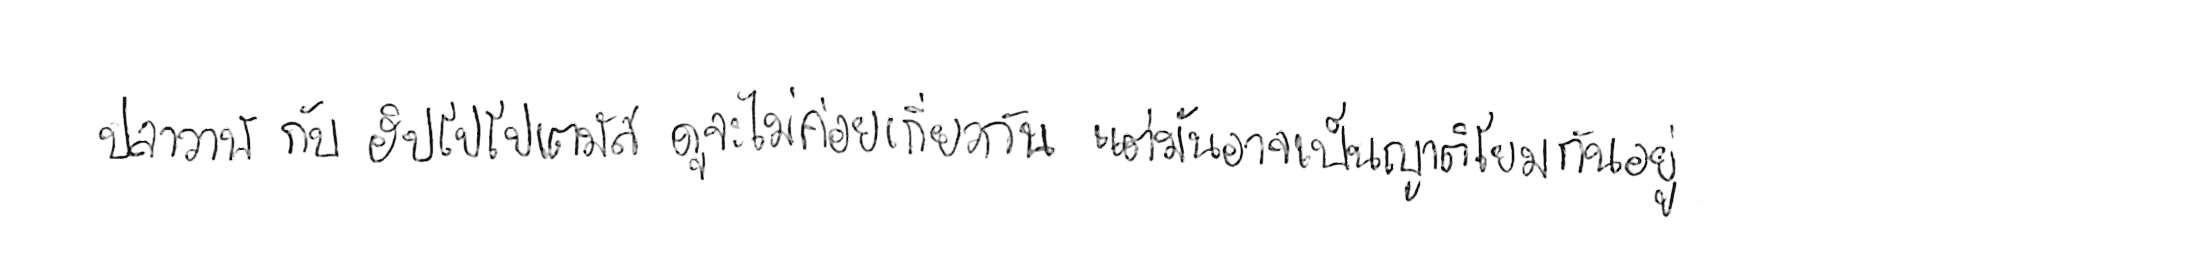
ปลาวาฬ กับ ฮิปโปโปเตมัส ดูจะไม่ค่อยเกี่ยวกัน แต่มันอาจเป็นญาติโยมกันอยู่